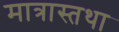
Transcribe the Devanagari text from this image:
मात्रास्तथा